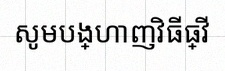
សូមបង្ហាញវិធីធ្វើ